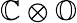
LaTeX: \mathbb{C}\otimes\mathbb{O}